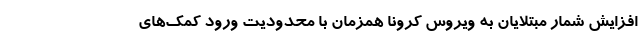
افزایش شمار مبتلایان به ویروس کرونا همزمان با محدودیت ورود کمک‌های